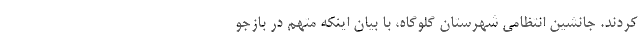
کردند. جانشین انتظامی شهرستان گلوگاه، با بیان اینکه متهم در بازجو